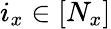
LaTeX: i_{x}\in[N_{x}]